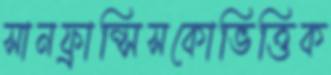
সানফ্রান্সিসকোভিত্তিক